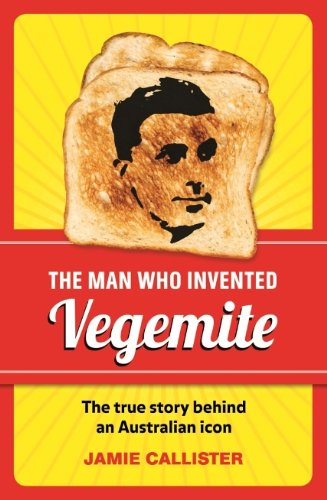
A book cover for The Man Who Invented Vegemite: The True Story behind an Australian Icon; Jamie Callister; Biographies & Memoirs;